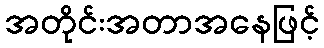
အတိုင်းအတာအနေဖြင့်